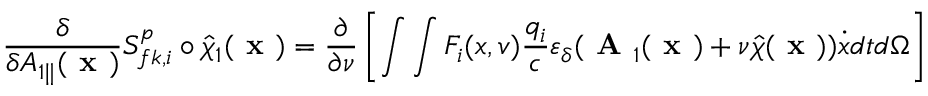
\frac { \delta } { \delta A _ { 1 \parallel } ( \textbf { x } ) } { \cal S } _ { f k , i } ^ { p } \circ \hat { \chi } _ { 1 } ( \textbf { x } ) = \frac { \partial } { \partial \nu } \left[ \int \int F _ { i } ( x , v ) \frac { q _ { i } } { c } \varepsilon _ { \delta } ( \textbf { A } _ { 1 } ( \textbf { x } ) + \nu \hat { \chi } ( \textbf { x } ) ) \dot { x } d t d \Omega \right]